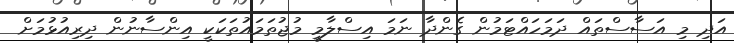
އަދި މި އަސާސްތައް ދަމަހައްޓަމުން ގެންދާ ނަމަ އިސްލާމީ މުޖުތަމައުތަކަކީ އިންސާނުން ދިރިއުޅުމަށް